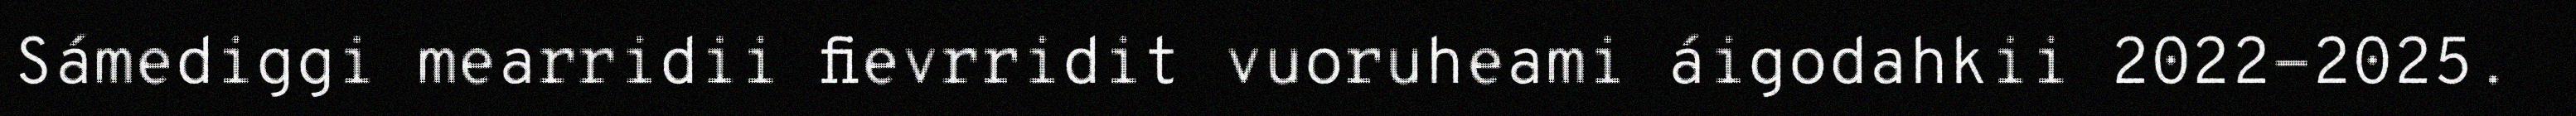
Sámediggi mearridii fievrridit vuoruheami áigodahkii 2022-2025.